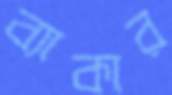
ব্যাকার